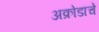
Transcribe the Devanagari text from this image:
अक्रोडाचे